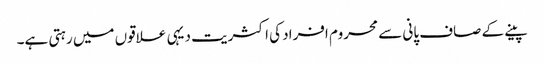
پینے کے صاف پانی سے محروم افراد کی اکثریت دیہی علاقوں میں رہتی ہے۔